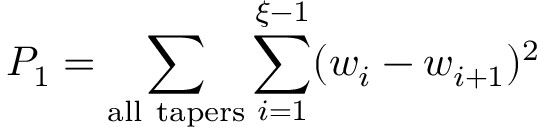
P _ { 1 } = \sum _ { \mathrm { a l l \ t a p e r s } } \sum _ { i = 1 } ^ { \xi - 1 } ( w _ { i } - w _ { i + 1 } ) ^ { 2 }